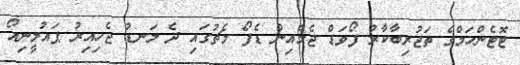
ޓޮޓެންހަމްގެ ތަޖުރިބާކާރު ފޯވަޑް ޖެމެއިން ޑެފޯ މެޗުގައި ދެ ލަނޑު ޖެހިއިރު ޕައުލީނިއޯ